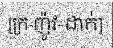
[ក្រ-ញ៉ូវ-ដាក់]